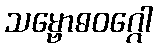
သမ္ဗောဓဝဂ္ဂေါ